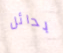
بدائل